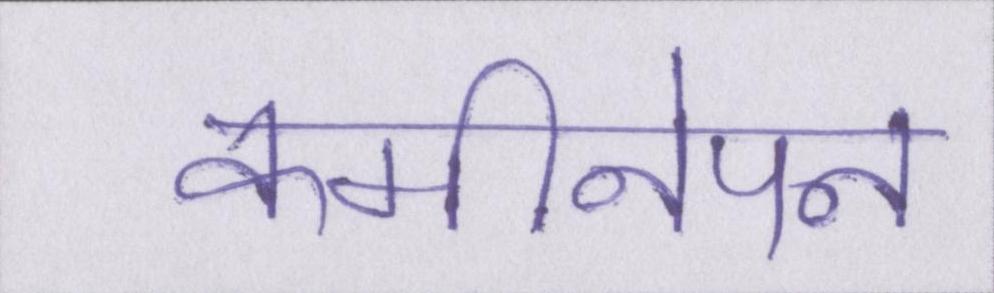
कमीनेपन